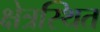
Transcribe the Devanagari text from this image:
क्षेत्रस्थित